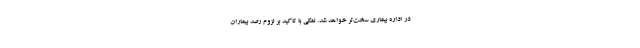
در اداره بیماری سخت‌تر خواهد شد. نمکی با تاکید بر لزوم رصد بیماران